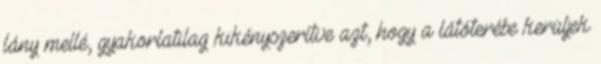
lány mellé, gyakorlatilag kikényszerítve azt, hogy a látóterébe kerüljek